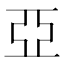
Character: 亞